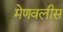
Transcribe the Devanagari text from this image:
मेणवलीस